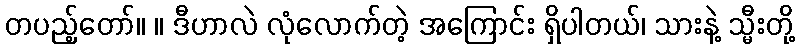
တပည့်တော်။ ။ ဒီဟာလဲ လုံလောက်တဲ့ အကြောင်း ရှိပါတယ်၊ သားနဲ့ သ္မီးတို့